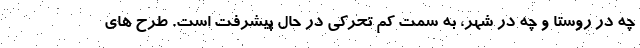
چه در روستا و چه در شهر، به سمت کم تحرکی در حال پیشرفت است. طرح های